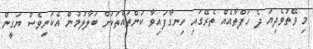
މި ވޭތުވެދިޔަ ދެ ހަފްތާއެއް ތެރޭގައި ހިނގާފައިވާ ކަންތައްތަކަށް ބަލާލުމުން އެކަނިވެސް ޔަގީން